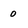
Character: 0